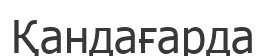
Қандағарда